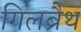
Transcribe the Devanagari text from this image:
गिलब्रैथ